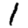
Digit: 1